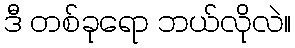
ဒီ တစ်ခုရော ဘယ်လိုလဲ။